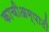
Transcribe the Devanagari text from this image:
काचीअम्पाठी